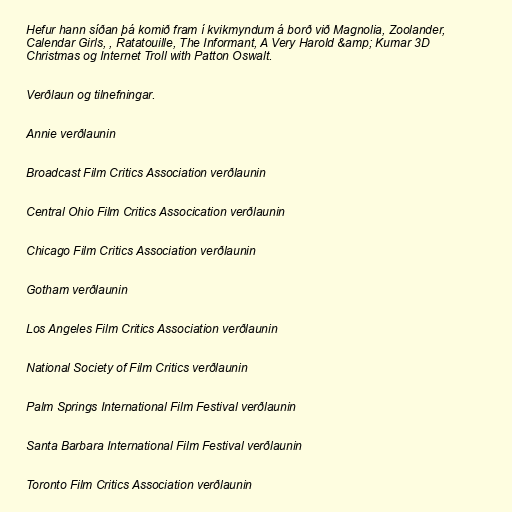
Hefur hann síðan þá komið fram í kvikmyndum á borð við Magnolia, Zoolander,
Calendar Girls, , Ratatouille, The Informant, A Very Harold &amp; Kumar 3D
Christmas og Internet Troll with Patton Oswalt.

Verðlaun og tilnefningar.

Annie verðlaunin

Broadcast Film Critics Association verðlaunin

Central Ohio Film Critics Assocication verðlaunin

Chicago Film Critics Association verðlaunin

Gotham verðlaunin

Los Angeles Film Critics Association verðlaunin

National Society of Film Critics verðlaunin

Palm Springs International Film Festival verðlaunin

Santa Barbara International Film Festival verðlaunin

Toronto Film Critics Association verðlaunin